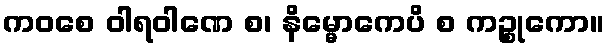
ကဝစေ ဝါရဝါဏေ စ၊ နိမ္မောကေပိ စ ကဉ္စုကော။